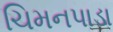
ચિમનપાડા